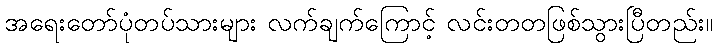
အရေးတော်ပုံတပ်သားများ လက်ချက်ကြောင့် လင်းတတဖြစ်သွားပြီတည်း။